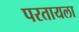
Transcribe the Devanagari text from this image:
परतायला